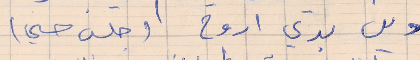
وين بدي اروح (جلس حسني)